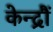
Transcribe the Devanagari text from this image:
केन्द्रौं